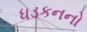
ધડકનનો